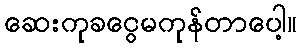
ဆေးကုခငွေမကုန်တာပေါ့။